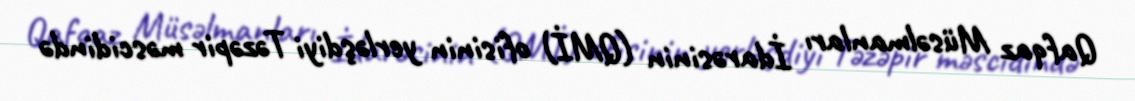
Qafqaz Müsəlmanları İdarəsinin (QMİ) ofisinin yerləşdiyi Təzəpir məscidində